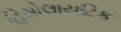
હિમોલાયટિક